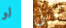
لو ويلي